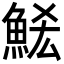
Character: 𮫶